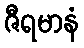
ဇီရမာနံ